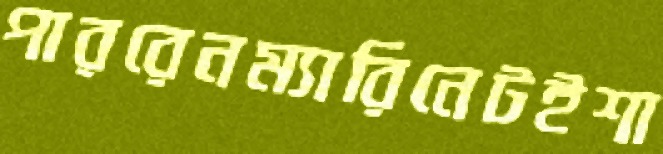
পাররেনম্যারিনেটইশা